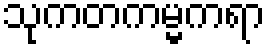
သုကတကမ္မကရာ